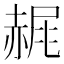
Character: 𧹧